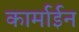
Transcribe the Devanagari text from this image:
कार्माईन